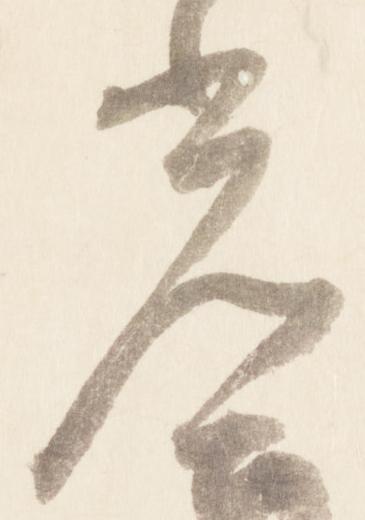
光